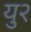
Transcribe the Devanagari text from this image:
यु२